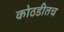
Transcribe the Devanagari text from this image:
कोठडीतच